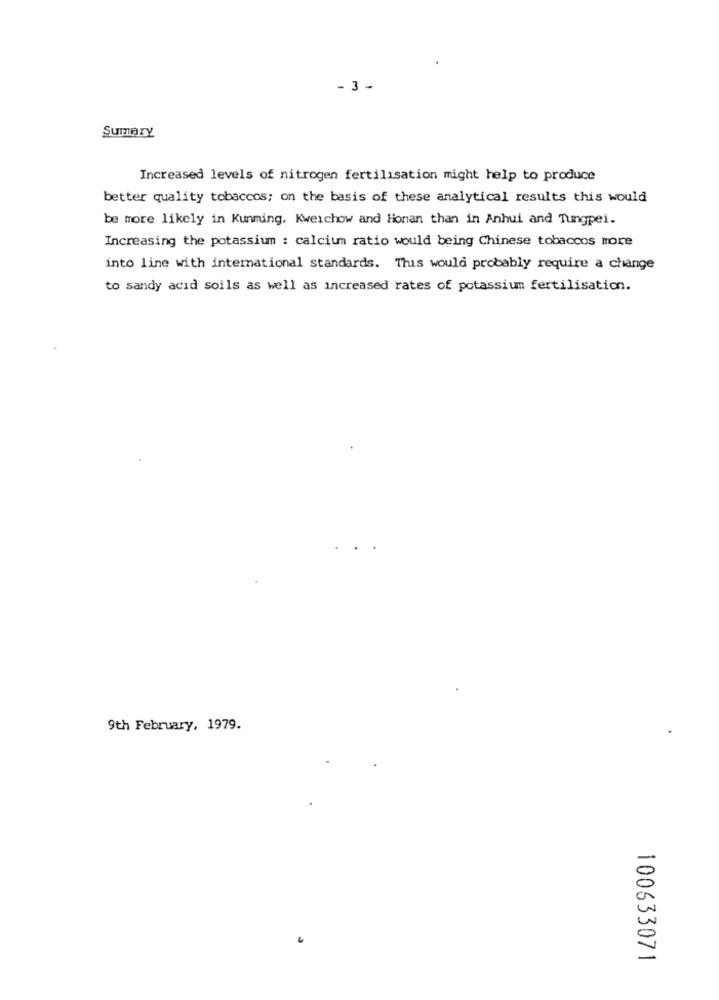
- 3 -
Summary
Increased levels of nitrogen fertilisation might help to produce
better quality tobaccos; on the basis of these analytical results this would
be more likely in Kunming. Kweichow and Honan than in Anhui and Tungpei.
Increasing the potassium : calcium ratio would being Chinese tobaccos more
into line with international standards. This would probably require a change
to sandy acid soils as well as increased rates of potassium fertilisation.
9th February, 1979.
100633071